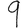
Digit: 9